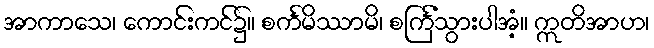
အာကာသေ၊ ကောင်းကင်၌။ စင်္ကမိဿာမိ၊ စင်္ကြံသွားပါအံ့။ ဣတိအာဟ၊